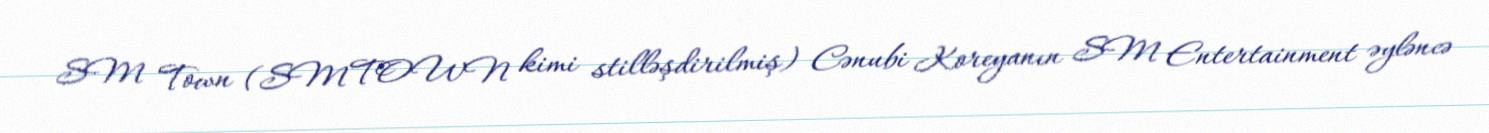
SM Town (SMTOWN kimi stilləşdirilmiş) Cənubi Koreyanın SM Entertainment əyləncə